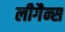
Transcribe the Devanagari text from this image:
लीगैन्स